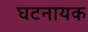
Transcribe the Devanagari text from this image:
घटनायक